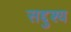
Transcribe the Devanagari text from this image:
सद्दुश्य